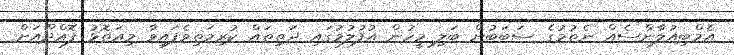
އެމްބިއުލާންސެއް ނެތުމުގެ ސަބަބުން ބަލި މީހުން އުފުލުމުގައި ދަތިތައް ކުރިމަތިވެފައިވާ މިއަތޮޅު ފޮއްދޫއަށް